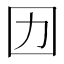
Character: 㘞